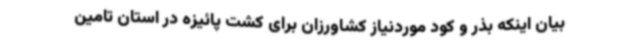
بیان اینکه بذر و کود موردنیاز کشاورزان برای کشت پائیزه در استان تامین